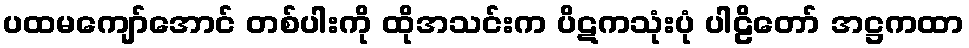
ပထမကျော်အောင် တစ်ပါးကို ထိုအသင်းက ပိဋကသုံးပုံ ပါဠိတော် အဋ္ဌကထာ